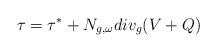
LaTeX: \begin{align*}\tau=\tau^*+N_{g,\omega}div_{g} (V+Q)\end{align*}